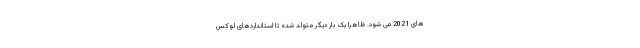
های 2021 می شود. ظاهرا یک بار دیگر متولد شده تا استانداردهای لوکس